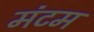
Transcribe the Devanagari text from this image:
मंटम